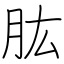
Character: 肱